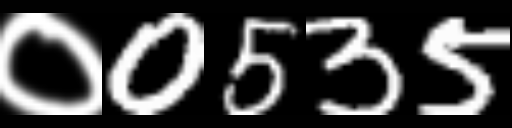
Text: ०0535